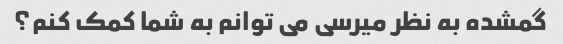
گمشده به نظر میرسی می توانم به شما کمک کنم؟